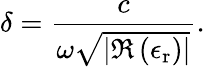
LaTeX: \delta=\frac{c}{\omega\sqrt{|\Re\left(\epsilon_{\mathrm{r}}\right)|}}.